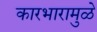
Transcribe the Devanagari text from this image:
कारभारामुळे